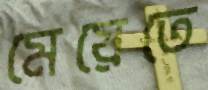
মেয়েতে